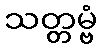
သတ္တမ္ဗံ